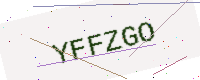
Text: YFFZGO